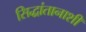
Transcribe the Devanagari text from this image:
सिद्धांतानाशी